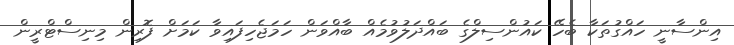
އިންސާނީ ހައްގުތަކާ ބެހޭ ކައުންސިލްގެ ބައްދަލުވުމެއް ބާއްވަން ހަމަޖެހިފައިވާ ކަމަށް ފޮރިން މިނިސްޓްރީން